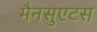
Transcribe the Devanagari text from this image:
मैनसुएटस